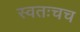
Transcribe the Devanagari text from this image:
स्वतःचच